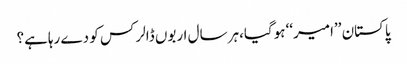
پاکستان ’’امیر‘‘ ہوگیا،ہر سال اربوں ڈالر کس کو دے رہاہے؟